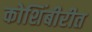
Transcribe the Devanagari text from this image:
कोशिंबीरीत